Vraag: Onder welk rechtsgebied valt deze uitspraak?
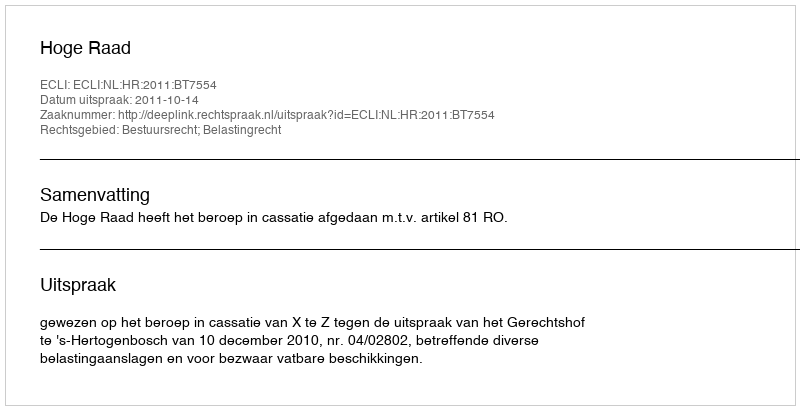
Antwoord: Bestuursrecht; Belastingrecht